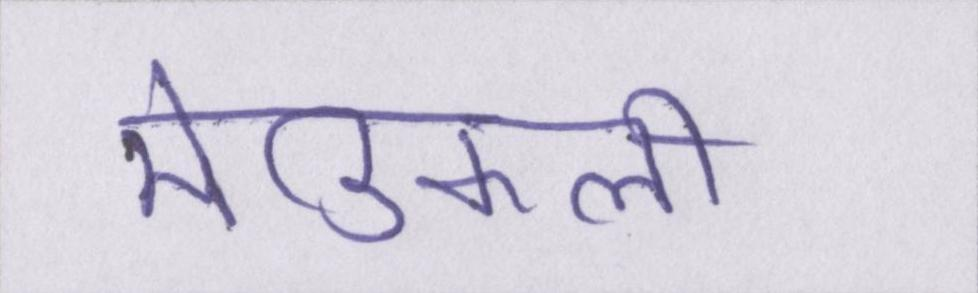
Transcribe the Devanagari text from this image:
मेडिकली